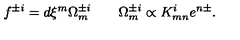
f ^ { \pm i } = d \xi ^ { m } \Omega _ { m } ^ { \pm i } \qquad \Omega _ { m } ^ { \pm i } \propto K _ { m n } ^ { i } e ^ { n \pm } .